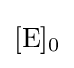
{[\mathrm {E} ]{\vphantom {A}}_{\smash[{t}]{0}}}